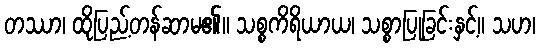
တဿာ၊ ထိုပြည့်တန်ဆာမ၏။ သစ္စကိရိယာယ၊ သစ္စာပြုခြင်းနှင့်။ သဟ၊